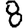
Digit: 8